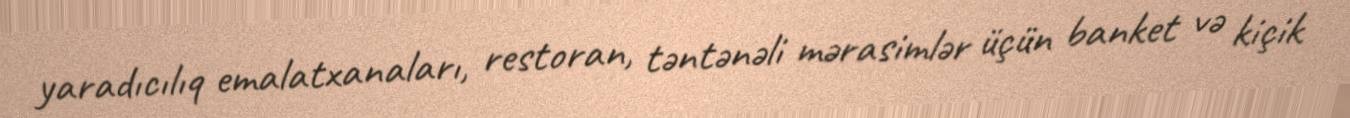
yaradıcılıq emalatxanaları, restoran, təntənəli mərasimlər üçün banket və kiçik